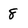
Character: 8